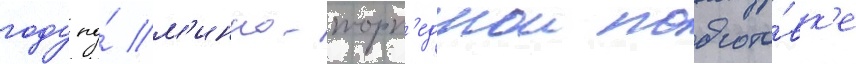
году по́ м'инно-торп'еднои подгото́вк'е